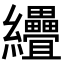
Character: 𦈅